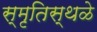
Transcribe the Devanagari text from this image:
स्मृतिस्थळे